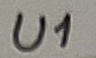
Text: U1